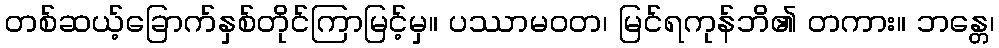
တစ်ဆယ့်ခြောက်နှစ်တိုင်ကြာမြင့်မှ။ ပဿာမဝတ၊ မြင်ရကုန်ဘိ၏ တကား။ ဘန္တေ၊